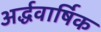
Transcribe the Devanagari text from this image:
अर्द्धवार्षिक